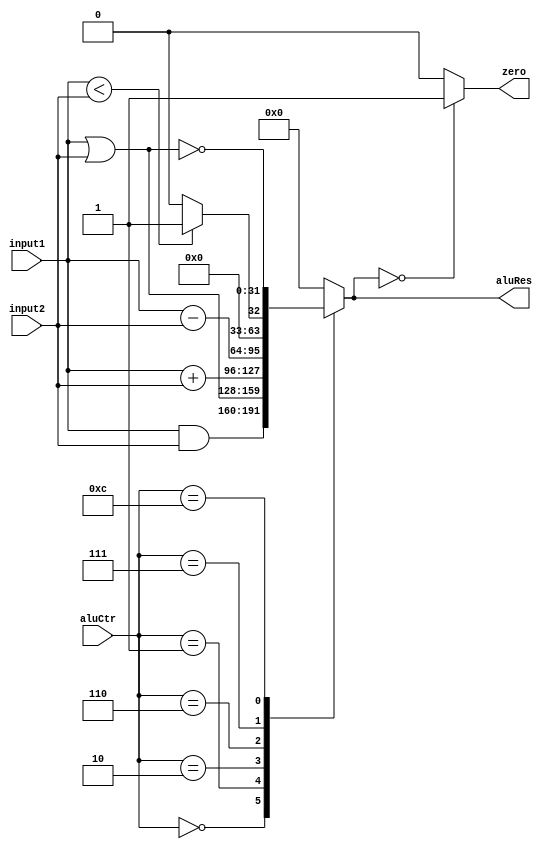
`timescale 1ns / 1ps
//////////////////////////////////////////////////////////////////////////////////
// Company: 
// Engineer: 
// 
// Design Name: 
// Module Name: alu
// Project Name: 
// Target Devices: 
// Tool Versions: 
// Description: 
// 
// Dependencies: 
// 
// Revision:
// Revision 0.01 - File Created
// Additional Comments:
// 
//////////////////////////////////////////////////////////////////////////////////


module alu(
    input [31:0] input1,
    input [31:0] input2,
    input [3:0] aluCtr,
    output reg zero,
    output reg [31:0] aluRes
    );
    initial begin
        zero=1;
        aluRes=0;
    end
    
    always @ (input1 or input2 or aluCtr)
    begin
        case(aluCtr)
            4'b0000:aluRes=input1 & input2;
            4'b0001:aluRes=input1 | input2;
            4'b0010:aluRes=input1 + input2;
            4'b0110:aluRes=input1 - input2;
            4'b0111:aluRes=(input1 < input2) ? 1 : 0;
            4'b1100:aluRes=~(input1 | input2);
            default:aluRes=0;
        endcase
        if(aluRes==0)
            zero=1;
        else
            zero=0;
    end
    
endmodule